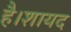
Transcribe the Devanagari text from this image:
है।शायद